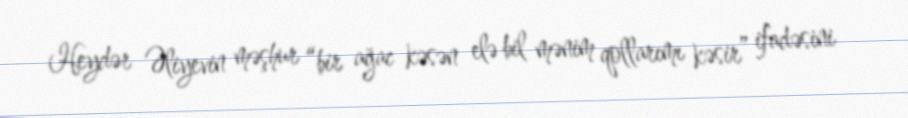
Heydər Əliyevin məşhur “bir ağac kəsən elə bil mənim qollarımı kəsir” ifadəsini